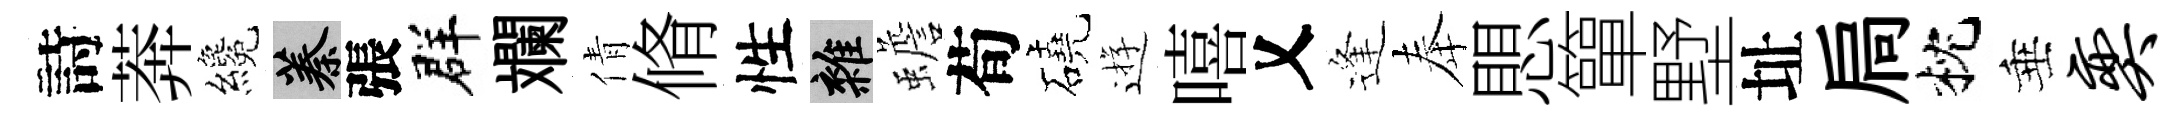
詩莾纔蓁張群斕倩脩性雜蟾荀磽逰嘻乂逢奉愳簞墅址扃枕垂奕